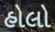
હોલો